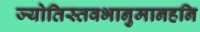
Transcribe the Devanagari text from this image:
ज्योतिस्तवभानुमानहनि